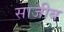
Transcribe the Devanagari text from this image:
साजीब